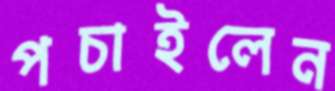
পচাইলেন